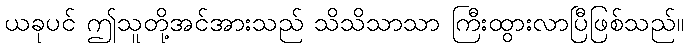
ယခုပင် ဤသူတို့အင်အားသည် သိသိသာသာ ကြီးထွားလာပြီဖြစ်သည်။